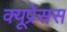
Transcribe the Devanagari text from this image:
क्यूप्रेसस